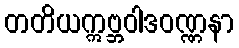
တတိယဣဗ္ဘဝါဒဝဏ္ဏနာ